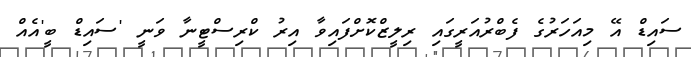
ސައިޑް އޭ މިއަހަރުގެ ފެބްރުއަރީގައި ރިލީޒްކޮށްފައިވާ އިރު ކްރިސްޓީނާ ވަނީ 'ސައިޑް ބީ'އެއް